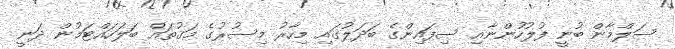
ސަލްމާން ބުނީ ފުލުހުންނާއި ސިފައިންގެ ބަދަލުގައި މިހާރު މިސުރުގެ މަގުތައް ބަލަހައްޓަމުން ދަނީ